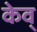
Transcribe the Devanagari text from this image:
केव्‌